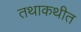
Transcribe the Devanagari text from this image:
तथाकथीत